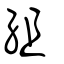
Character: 組